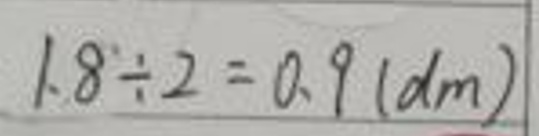
$ 1.8\div2 = 0.9  (dm) $